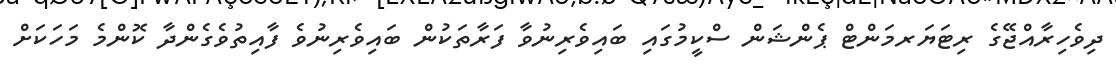
ދިވެހިރާއްޖޭގެ ރިޓަޔަރމަންޓް ޕެންޝަން ސްކީމުގައި ބައިވެރިނުވާ ފަރާތަކުން ބައިވެރިނުވެ ފާއިތުވެގެންދާ ކޮންމެ މަހަކަށް